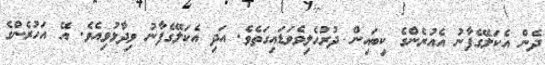
ދެން އެކަލޭގެފާނު އެއުރެންގެ ކިބައިން ދުރުހެލިވެވަޑައިގަތެެވެ. އަދި އެކަލޭގެފާނު ވިދާޅުވިއެވެ. އޭ އަހުރެންގެ